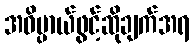
အဓိပ္ပာယ်ဖွင့်ဆိုချက်အရ